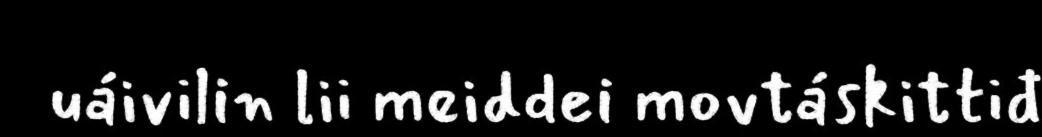
uáivilin lii meiddei movtáskittiđ